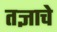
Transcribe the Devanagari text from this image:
तज्ञाचे